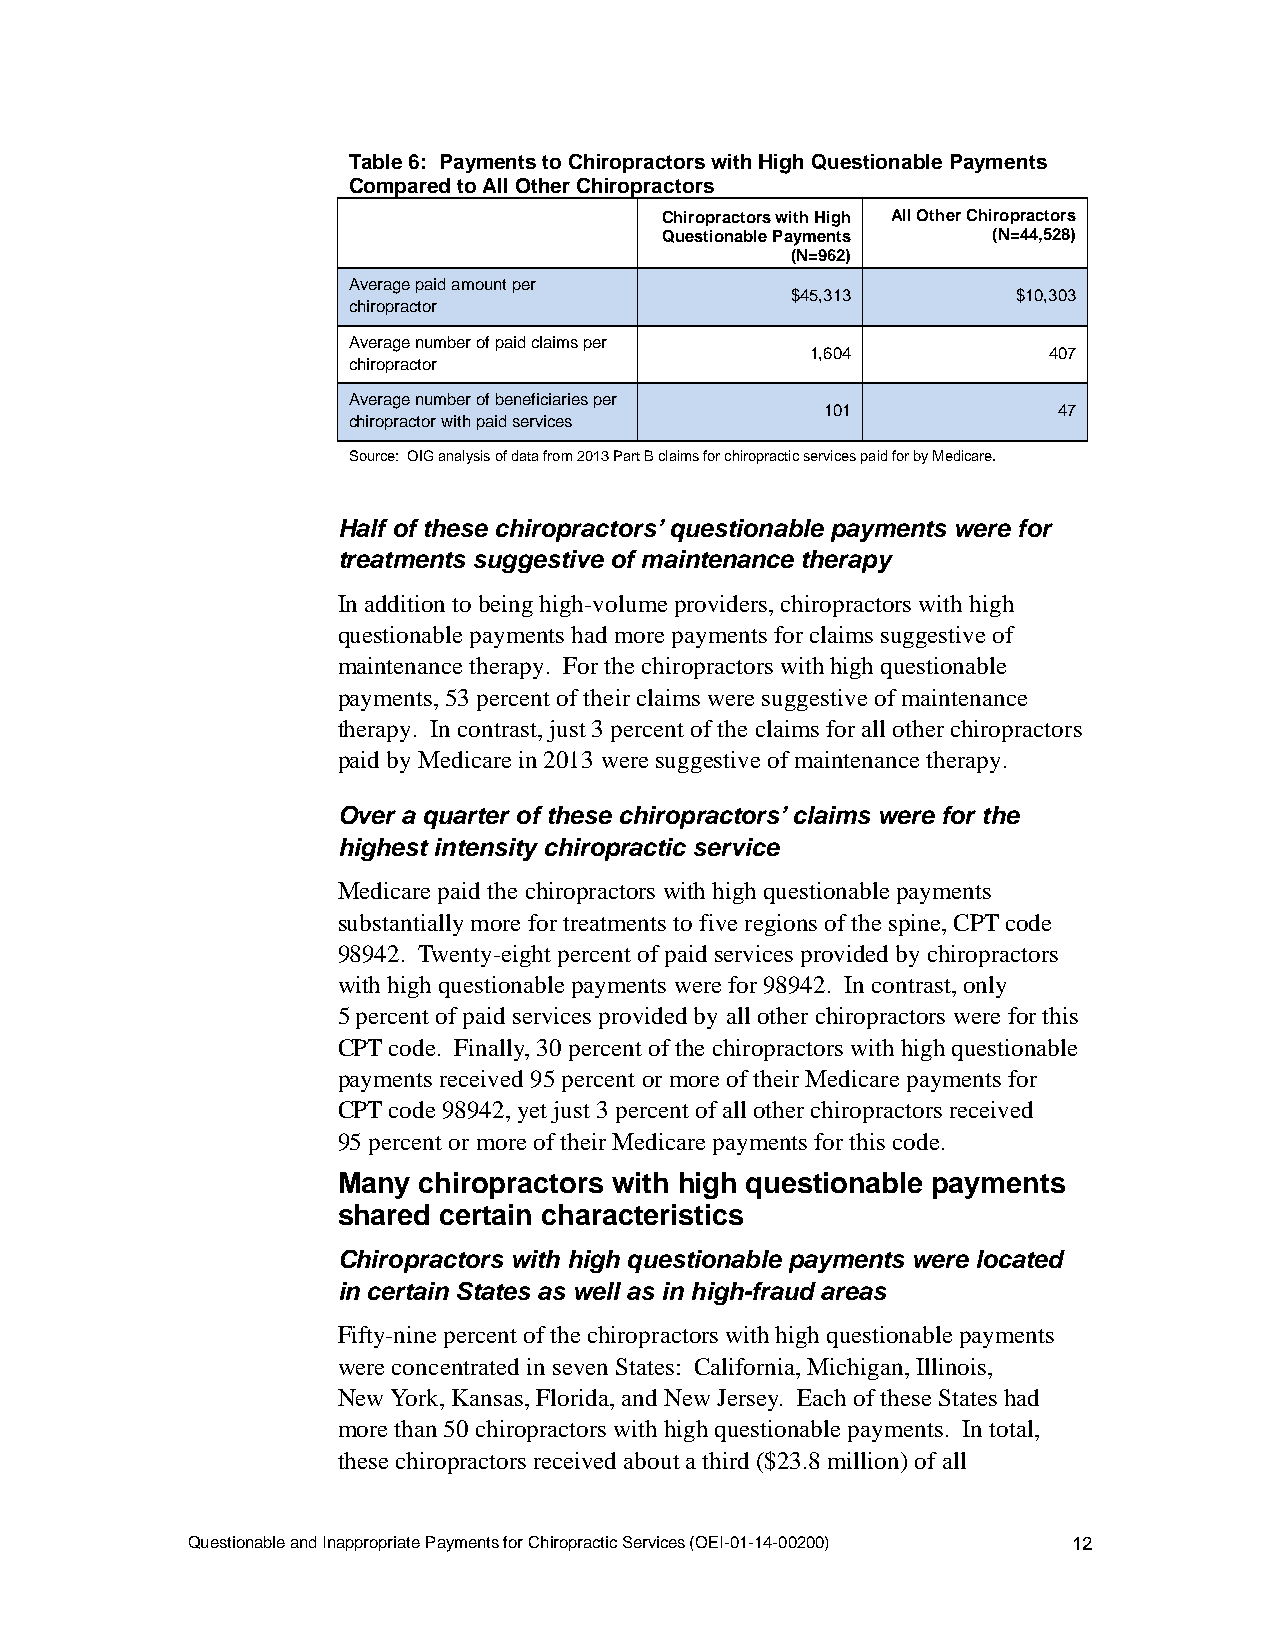
Table 6: Payments to Chiropractors with High Questionable Payments
 Compared to All Other Chiropractors
 Chiropractors with High All Other Chiropractors
 Questionable Payments (N=44,528)
 (N=962)
 Average paid amount per
 $45,313        $10,303
 chiropractor
 Average number of paid claims per
 1,604          407
 chiropractor
 Average number of beneficiaries per
 101            47
 chiropractor with paid services
 Source: OIG analysis of data from 2013 Part B claims for chiropractic services paid for by Medicare.
 Half of these chiropractors’ questionable payments were for
 treatments suggestive of maintenance therapy
 In addition to being high-volume providers, chiropractors with high
 questionable payments had more payments for claims suggestive of
 maintenance therapy. For the chiropractors with high questionable
 payments, 53 percent of their claims were suggestive of maintenance
 therapy. In contrast, just 3 percent of the claims for all other chiropractors
 paid by Medicare in 2013 were suggestive of maintenance therapy.
 Over a quarter of these chiropractors’ claims were for the
 highest intensity chiropractic service
 Medicare paid the chiropractors with high questionable payments
 substantially more for treatments to five regions of the spine, CPT code
 98942. Twenty-eight percent of paid services provided by chiropractors
 with high questionable payments were for 98942. In contrast, only
 5 percent of paid services provided by all other chiropractors were for this
 CPT code. Finally, 30 percent of the chiropractors with high questionable
 payments received 95 percent or more of their Medicare payments for
 CPT code 98942, yet just 3 percent of all other chiropractors received
 95 percent or more of their Medicare payments for this code.
 Many  chiropractors with high questionable payments
 shared certain characteristics
 Chiropractors with high questionable payments were located
 in certain States as well as in high-fraud areas
 Fifty-nine percent of the chiropractors with high questionable payments
 were concentrated in seven States: California, Michigan, Illinois,
 New York, Kansas, Florida, and New Jersey. Each of these States had
 more than 50 chiropractors with high questionable payments. In total,
 these chiropractors received about a third ($23.8 million) of all
 Questionable and Inappropriate Payments for Chiropractic Services (OEI-01-14-00200) 12